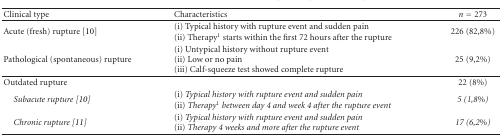
| Clinical type | Characteristics | n = 273 |
 | --- | --- | --- |
 | Acute (fresh) rupture [10] | (i) Typical history with rupture event and sudden pain(ii) Therapy1 starts within the first 72 hours after the rupture | 226 (82,8%) |
 | Pathological (spontaneous) rupture | (i) Untypical history without rupture event(ii) Low or no pain(iii) Calf-squeeze test showed complete rupture | 25 (9,2%) |
 | Outdated rupture |  | 22 (8%) |
 | Subacute rupture [10] | (i) Typical history with rupture event and sudden pain  (ii) Therapy1 between day 4 and week 4 after the rupture event | 5 (1,8%) |
 | Chronic rupture [11] | (i) Typical history with rupture event and sudden pain  (ii) Therapy 4 weeks and more after the rupture event | 17 (6,2%) |